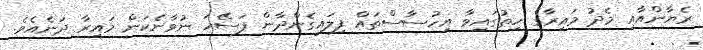
ރެޔާންއާއި މެދު މައިރާގެ ހިތުގައިވާ އިހުސާސްތައް ފިލައިގެންދާން ފަސޭހަ ނުވާނެކަން މައިރާ ދަނެއެވެ.